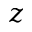
z